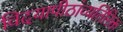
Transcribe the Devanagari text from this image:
विदयापीठांव्यतिरिक्त